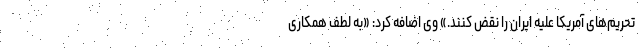
تحریم‌های آمریکا علیه ایران را نقض کنند.» وی اضافه کرد: «به لطف همکاری